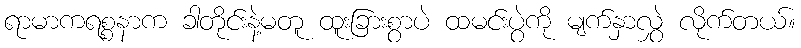
ရာမာကရစ္စနာက ခါတိုင်းနဲ့မတူ ထူးခြားစွာပဲ ထမင်းပွဲကို မျက်နှာလွှဲ လိုက်တယ်။